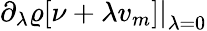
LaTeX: \left.\partial_{\lambda}\varrho[\nu+\lambda v_{m}]\right\vert_{\lambda=0}